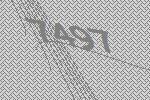
7497